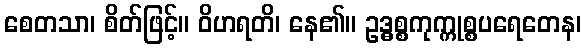
စေတသာ၊ စိတ်ဖြင့်။ ဝိဟရတိ၊ နေ၏။ ဥဒ္ဓစ္စကုက္ကုစ္စပရေတေန၊